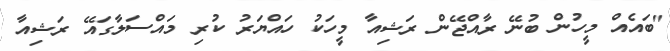
"ބައެއް މީހުން ބުނޭ ރާއްޖޭން ރަޝިއާ މީހަކު ހައްޔަރު ކުރި މައްސަލާގައޭ ރަޝިއާ